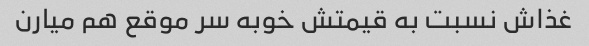
غذاش نسبت به قیمتش خوبه سر موقع هم میارن